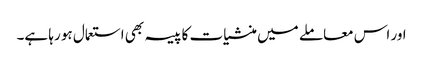
اور اس معاملے میں منشیات کا پیسہ بھی استعمال ہو رہا ہے۔